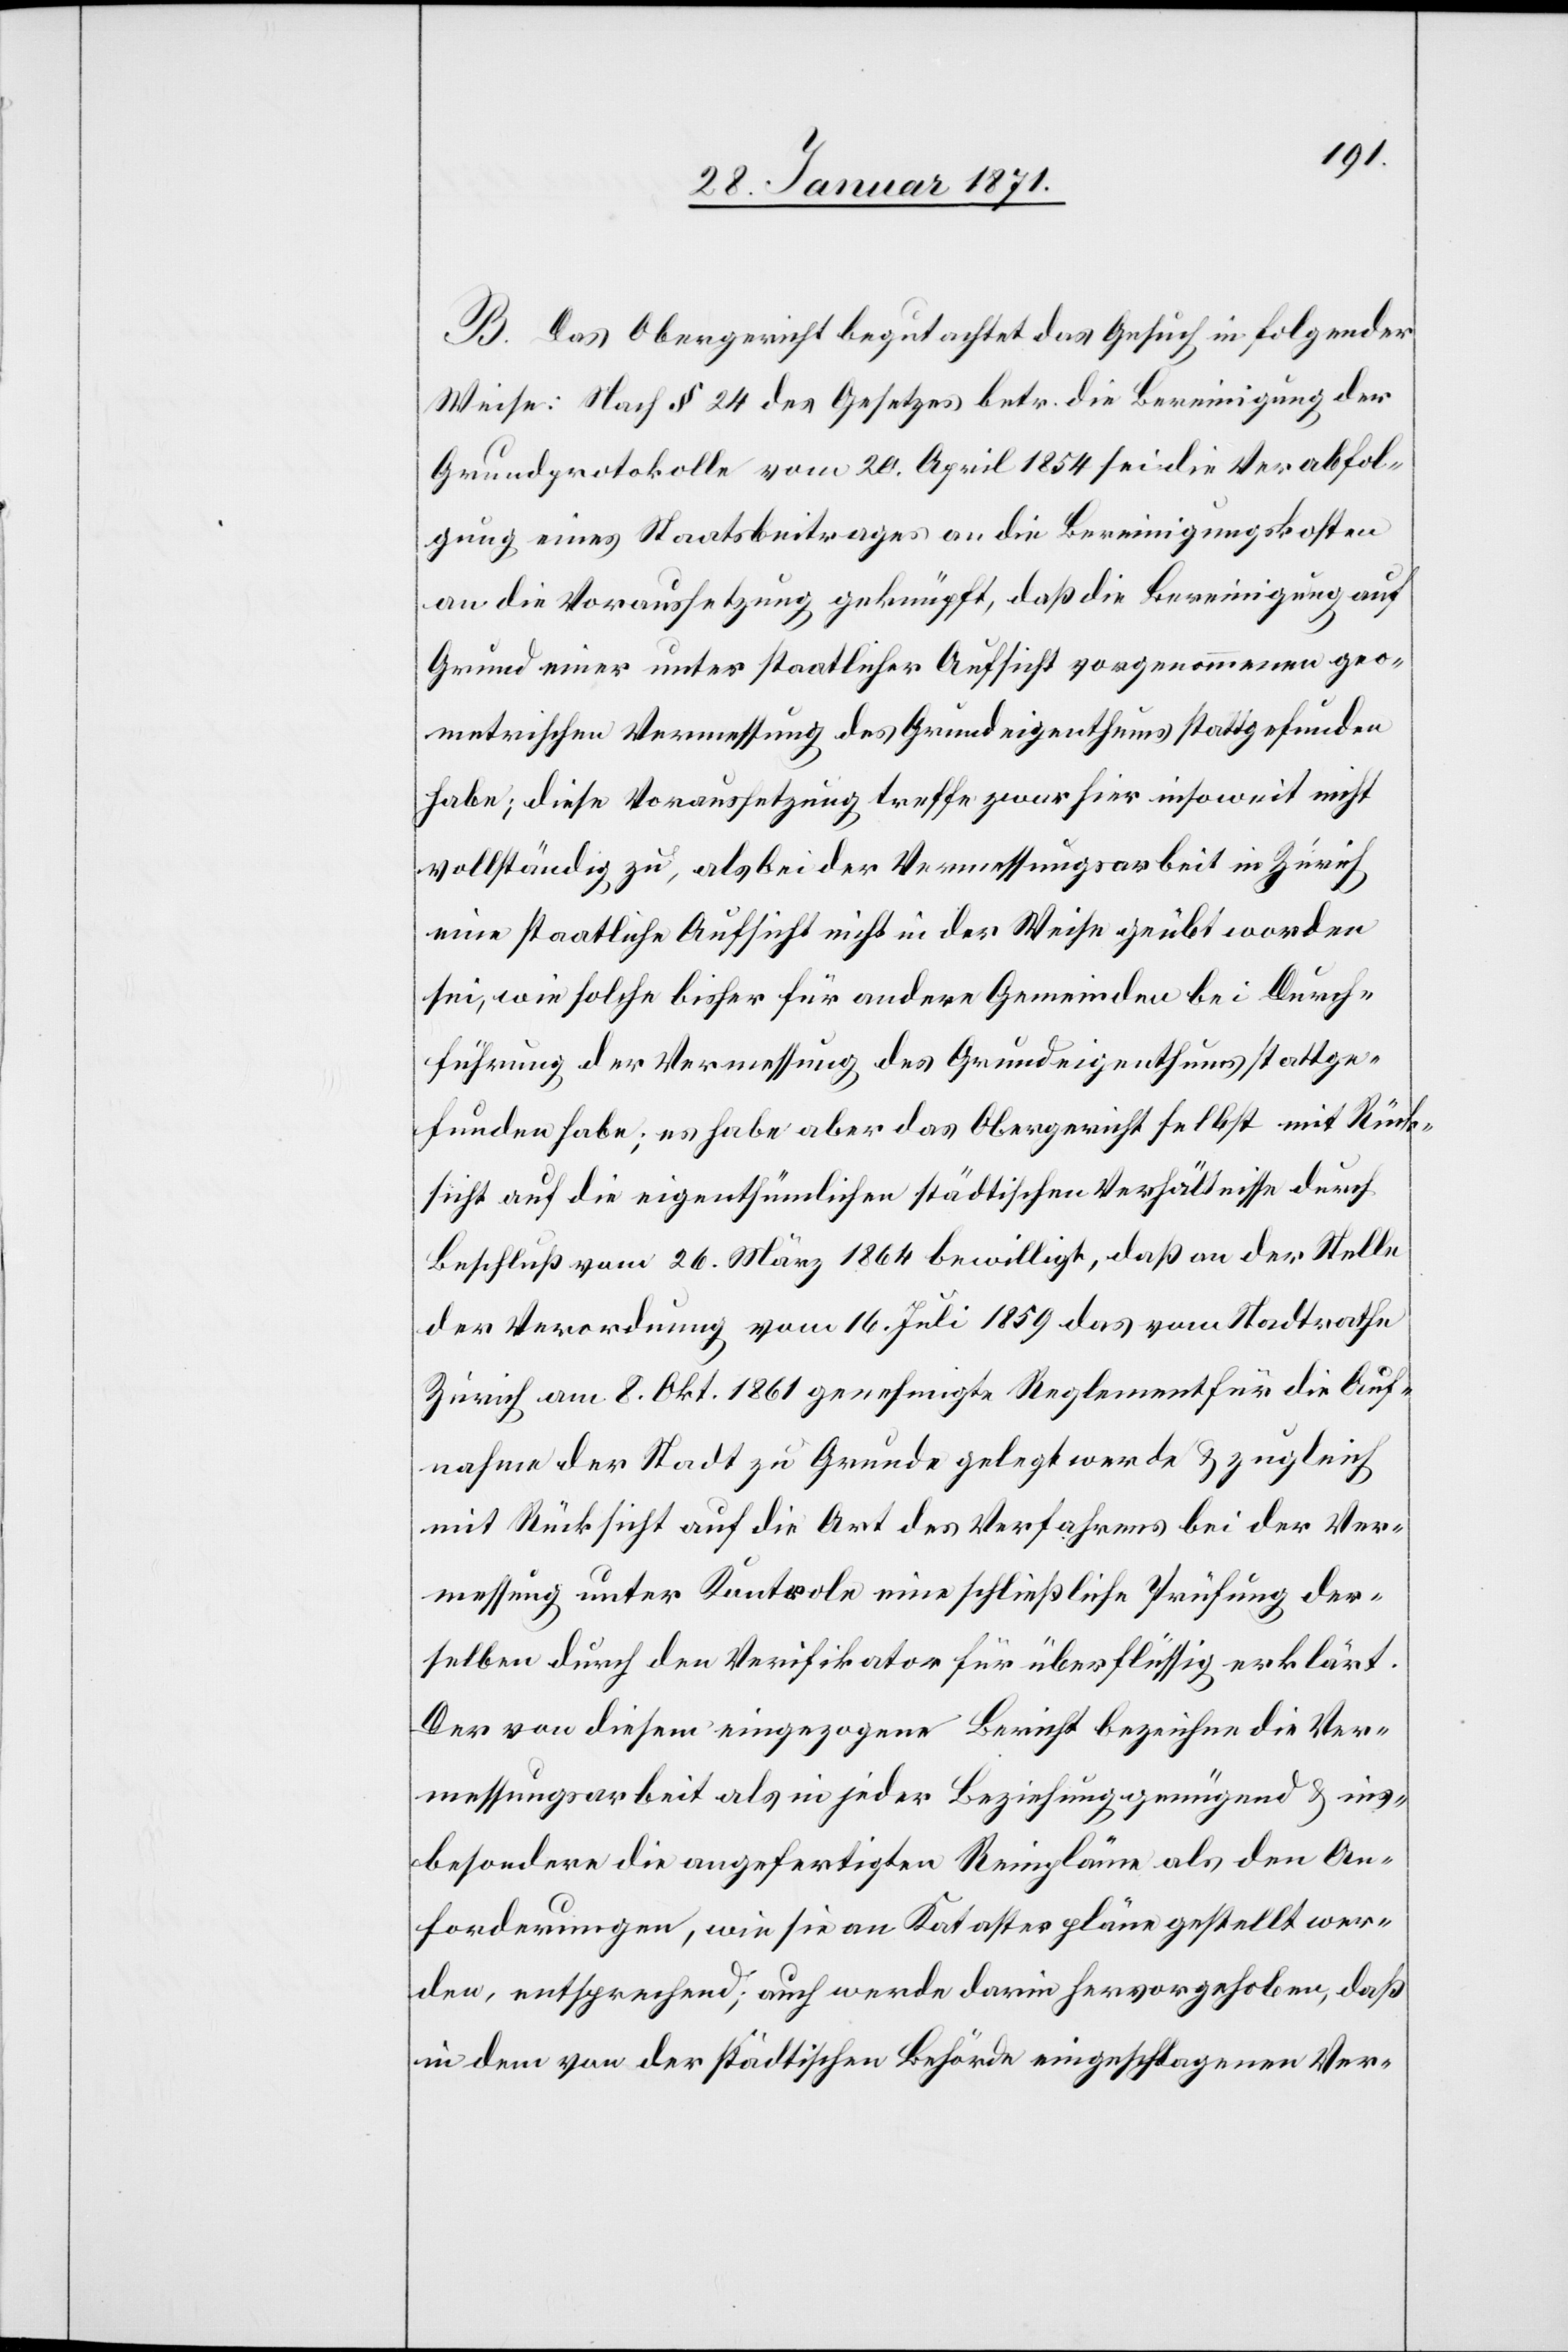
B. Das Obergericht begutachtet das Gesuch in folgender
Weise: Nach § 24 des Gesetzes betr. die Bereinigung der
Grundprotokolle vom 20. April 1854 sei die Verabfol¬
gung eines Staatsbeitrages an die Bereinigungskosten
an die Voraussetzung geknüpft, daß die Bereinigung auf
Grund einer unter staatlicher Aufsicht vorgenommenen geo¬
metrischen Vermessung des Grundeigenthums stattgefunden
habe; diese Voraussetzung treffe zwar hier insoweit nicht
vollständig zu, als bei der Vermessungsarbeit in Zürich
eine staatliche Aufsicht nicht in der Weise geübt worden
sei, wie solche bisher für andere Gemeinden bei Durch¬
führung der Vermessung des Grundeigenthums stattge¬
funden habe; es habe aber das Obergericht selbst mit Rück¬
sicht auf die eigenthümlichen städtischen Verhältnisse durch
Beschluß vom 26. März 1864 bewilligt, daß an der Stelle
der Verordnung vom 16. Juli 1859 das vom Stadtrathe
Zürich am 8. Okt. 1861 genehmigte Reglement für die Auf¬
nahme der Stadt zu Grunde gelegt werde u. zugleich
mit Rücksicht auf die Art des Verfahrens bei der Ver¬
messung unter Kontrole eine schließliche Prüfung der¬
selben durch den Verifikator für überflüssig erklärt.
Der von diesem eingezogene Bericht bezeichne die Ver¬
messungsarbeit als in jeder Beziehung genügend u. ins¬
besondere die angefertigten Reinpläne als den An¬
forderungen, wie sie an Katasterpläne gestellt wer¬
den, entsprechend; auch werde darin hervorgehoben, daß
in dem von der städtischen Behörde eingeschlagenen Ver-